Lunatic asylums Central Provinces reports 1874-1885 - 1874-1885
Year: 1874
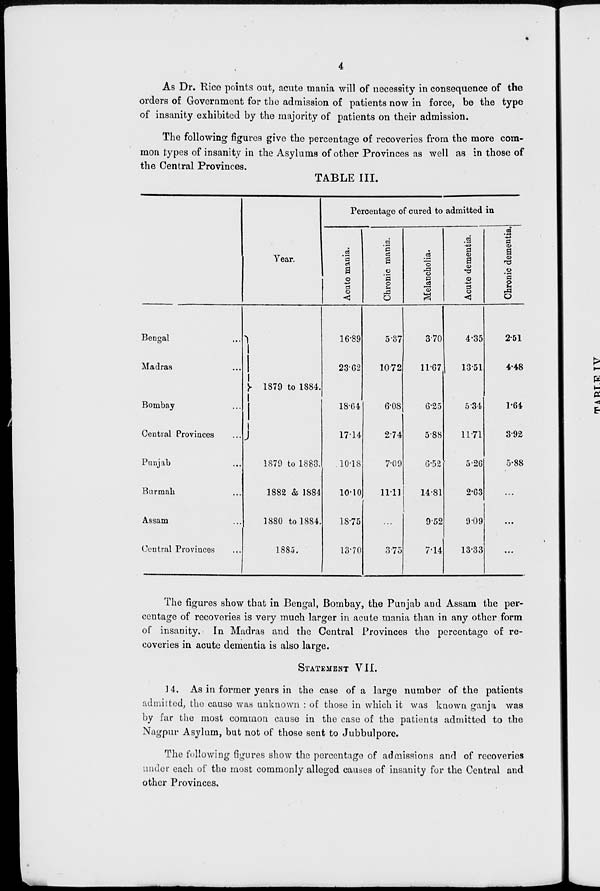
4
As Dr. Rice points out, acute mania will of necessity in consequence of the
orders of Government for the admission of patients now in force, be the type
of insanity exhibited by the majority of patients on their admission.
The following figures give the percentage of recoveries from the more com-
mon types of insanity in the Asylums of other Provinces as well as in those of
the Central Provinces.
TABLE III.
Bengal ...
Madras ...
Bombay ...
Central Provinces ...
Punjab ...
Burmah ...
Assam ...
Central Provinces ...
Year.
1879 to 1884.
1879 to 1883.
1882 & 1884
1880 to 1884.
1885.
Percentage of cured to admitted in
Acute mania.
16.89
23.62
18.64
17.14
10.18
10.10
18.75
13.70
Chronic mania.
5.37
10.72
6.08
2.74
7.09
11.11
...
3.75
Melancholia.
3.70
11.67
6.25
5.88
6.52
14.81
9.52
7.14
Acute dementia.
4.35
13.51
5.34
11.71
5.26
2.63
9.09
13.33
Chronic dementia.
2.51
4.48
1.64
3.92
5.88
...
...
...
The figures show that in Bengal, Bombay, the Punjab and Assam the per-
centage of recoveries is very much larger in acute mania than in any other form
of insanity. In Madras and the Central Provinces the percentage of re-
coveries in acute dementia is also large.
STATEMENT VII.
14. As in former years in the case of a large number of the patients
admitted, the cause was unknown : of those in which it was known ganja was
by far the most common cause in the case of the patients admitted to the
Nagpur Asylum, but not of those sent to Jubbulpore.
The following figures show the percentage of admissions and of recoveries
under each of the most commonly alleged causes of insanity for the Central and
other Provinces.